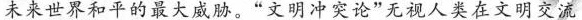
未来世界和平的最大威胁。”文明冲突论”无视人类在文明交流